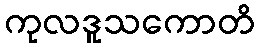
ကုလဒူသကောတိ